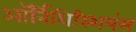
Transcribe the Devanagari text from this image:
ऑर्निथिस्शियंस